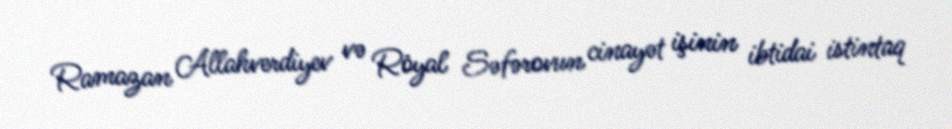
Ramazan Allahverdiyev və Röyal Səfərovun cinayət işinin ibtidai istintaq